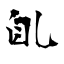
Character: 臫